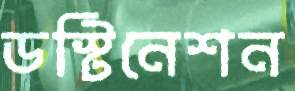
ডস্টিনেশন